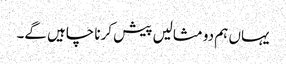
یہاں ہم دو مثالیں پیش کرنا چاہیں گے۔